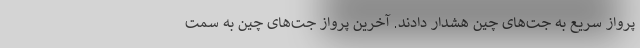
پرواز سریع به جت‌های چین هشدار دادند. آخرین پرواز جت‌های چین به سمت